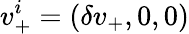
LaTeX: v_{+}^{i}=(\delta v_{+},0,0)